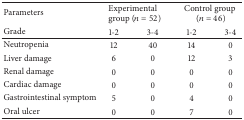
| Parameters | <COLSPAN=2> Experimental group (n = 52) | <COLSPAN=2> Control group (n = 46) |
 | Grade | 1-2 | 3-4 | 1-2 | 3-4 |
 | --- | --- | --- | --- | --- |
 | Neutropenia | 12 | 40 | 14 | 0 |
 | Liver damage | 6 | 0 | 12 | 3 |
 | Renal damage | 0 | 0 | 0 | 0 |
 | Cardiac damage | 0 | 0 | 0 | 0 |
 | Gastrointestinal symptom | 5 | 0 | 4 | 0 |
 | Oral ulcer | 0 | 0 | 7 | 0 |